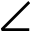
\angle